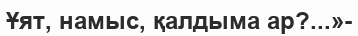
Ұят, намыс, қалдыма ар?...»-